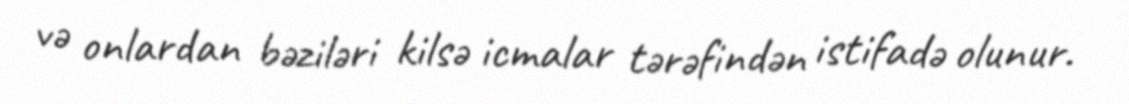
və onlardan bəziləri kilsə icmalar tərəfindən istifadə olunur.